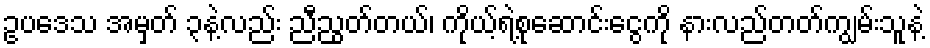
ဥပဒေသ အမှတ် ၃နဲ့လည်း ညီညွတ်တယ်၊ ကိုယ့်ရဲ့စုဆောင်းငွေကို နားလည်တတ်ကျွမ်းသူနဲ့